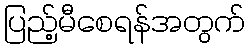
ပြည့်မီစေရန်အတွက်